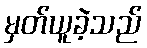
မှတ်ယူခဲ့သည်